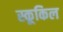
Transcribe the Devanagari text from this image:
स्कूकिल